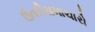
ઉતરીસમાચારો